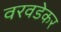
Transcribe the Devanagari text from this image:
वरवडेकर